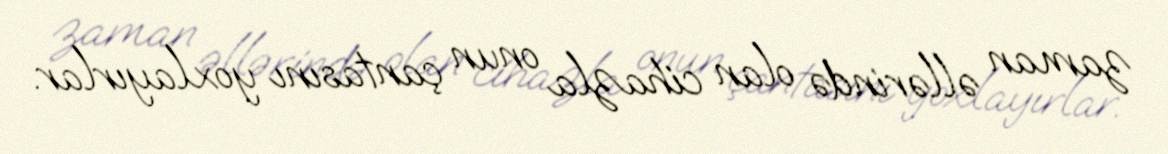
zaman əllərində olan cihazla onun çantasını yoxlayırlar.